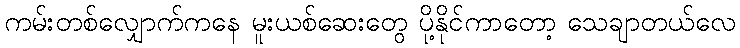
ကမ်းတစ်လျှောက်ကနေ မူးယစ်ဆေးတွေ ပို့နိုင်ကာတော့ သေချာတယ်လေ